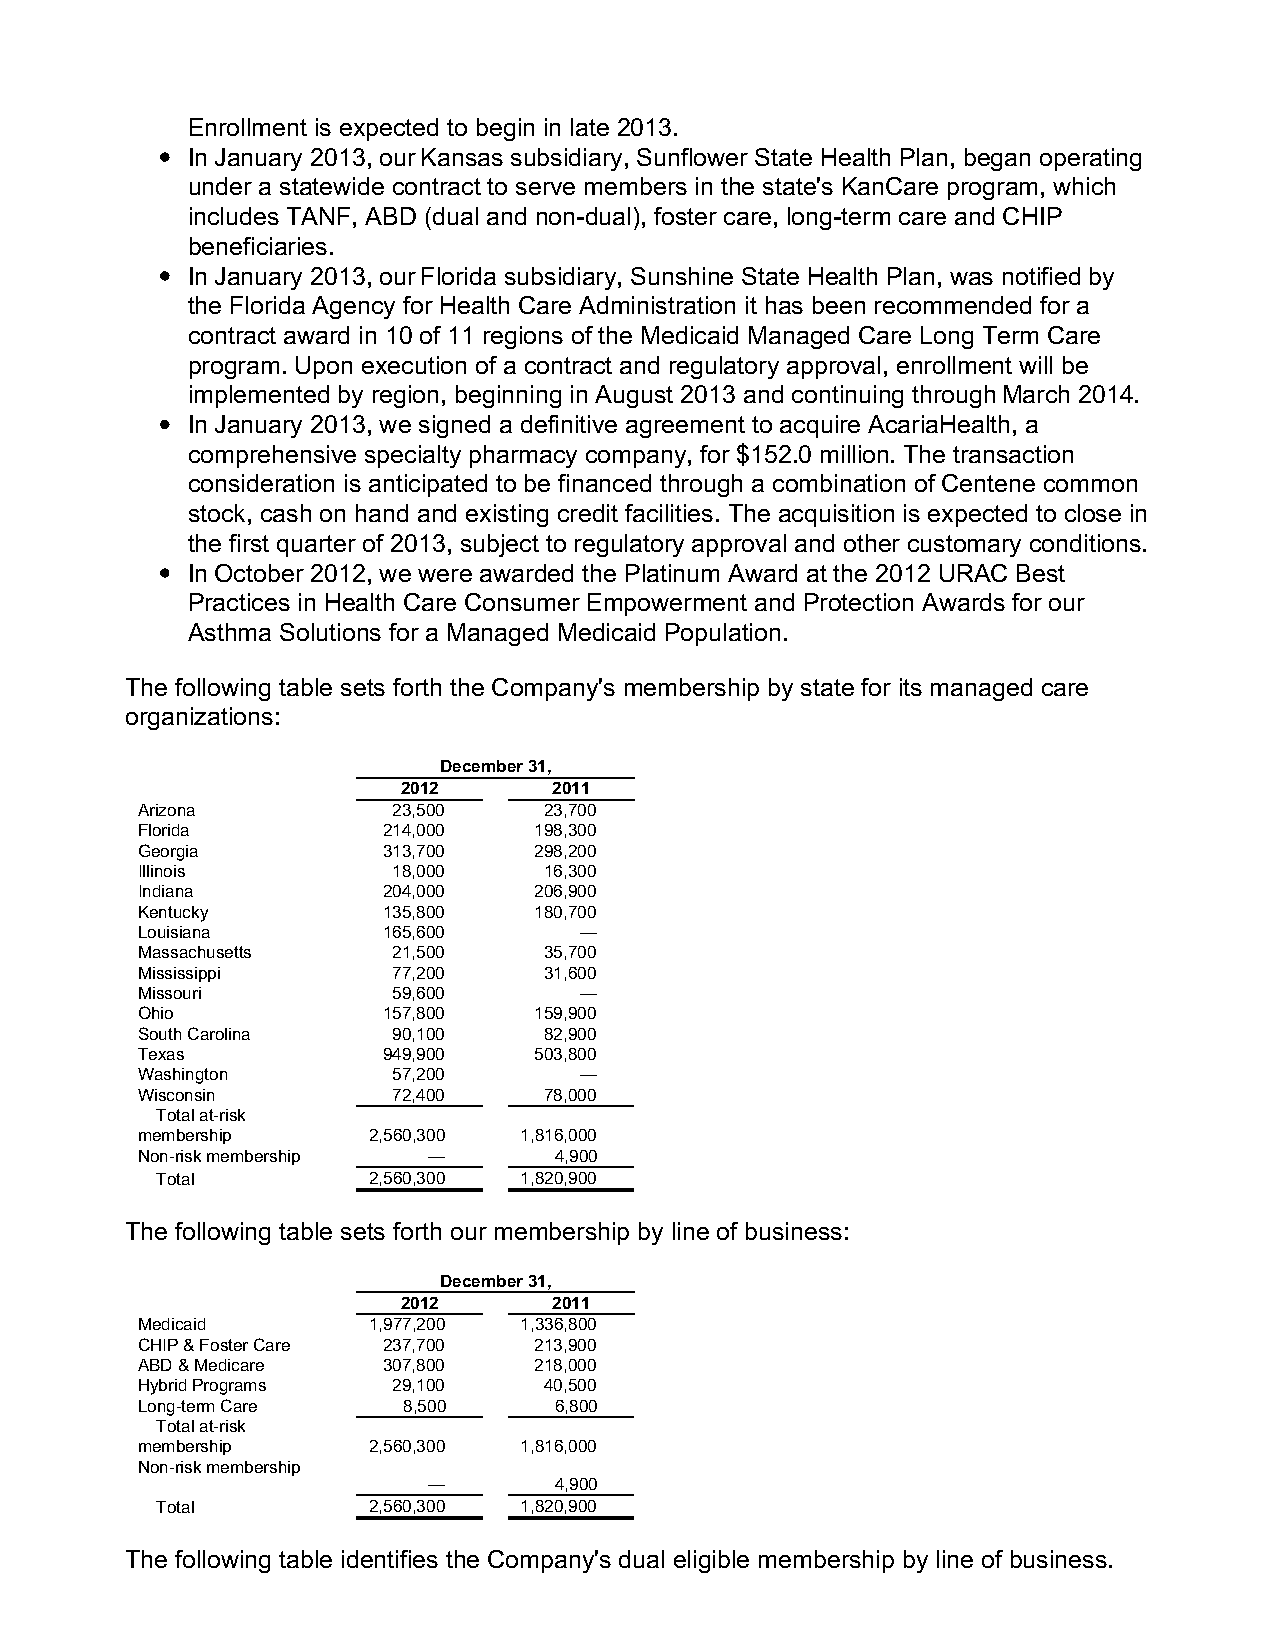
Enrollment is expected to begin in late 2013.
 In January 2013, our Kansas subsidiary, Sunflower State Health Plan, began operating
 under a statewide contract to serve members in the state's KanCare program, which
 includes TANF, ABD (dual and non-dual), foster care, long-term care and CHIP
 beneficiaries.
 In January 2013, our Florida subsidiary, Sunshine State Health Plan, was notified by
 the Florida Agency for Health Care Administration it has been recommended for a
 contract award in 10 of 11 regions of the Medicaid Managed Care Long Term Care
 program. Upon execution of a contract and regulatory approval, enrollment will be
 implemented by region, beginning in August 2013 and continuing through March 2014.
 In January 2013, we signed a definitive agreement to acquire AcariaHealth, a
 comprehensive specialty pharmacy company, for $152.0 million. The transaction
 consideration is anticipated to be financed through a combination of Centene common
 stock, cash on hand and existing credit facilities. The acquisition is expected to close in
 the first quarter of 2013, subject to regulatory approval and other customary conditions.
 In October 2012, we were awarded the Platinum Award at the 2012 URAC Best
 Practices in Health Care Consumer Empowerment and Protection Awards for our
 Asthma Solutions for a Managed Medicaid Population.
 The following table sets forth the Company's membership by state for its managed care
 organizations:
 December 31,
 2012      2011
 Arizona          23,500    23,700
 Florida         214,000   198,300
 Georgia         313,700   298,200
 Illinois         18,000    16,300
 Indiana         204,000   206,900
 Kentucky        135,800   180,700
 Louisiana       165,600      —
 Massachusetts    21,500    35,700
 Mississippi      77,200    31,600
 Missouri         59,600      —
 Ohio            157,800   159,900
 South Carolina   90,100    82,900
 Texas           949,900   503,800
 Washington       57,200      —
 Wisconsin        72,400    78,000
 Total at-risk
 membership     2,560,300 1,816,000
 Non-risk membership —       4,900
 Total         2,560,300 1,820,900
 The following table sets forth our membership by line of business:
 December 31,
 2012      2011
 Medicaid       1,977,200 1,336,800
 CHIP & Foster Care 237,700 213,900
 ABD & Medicare  307,800   218,000
 Hybrid Programs  29,100    40,500
 Long-term Care    8,500     6,800
 Total at-risk
 membership     2,560,300 1,816,000
 Non-risk membership
 —        4,900
 Total         2,560,300 1,820,900
 The following table identifies the Company's dual eligible membership by line of business.